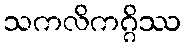
သကလိကဂ္ဂိဿ